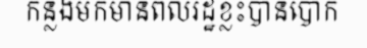
កន្លងមកមានពលរដ្ឋខ្លះបានបោក